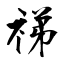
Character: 祶